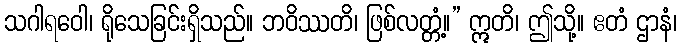
သဂါရဝေါ၊ ရိုသေခြင်းရှိသည်။ ဘဝိဿတိ၊ ဖြစ်လတ္တံ့။” ဣတိ၊ ဤသို့။ ဧတံ ဌာနံ၊